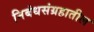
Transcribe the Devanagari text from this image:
निबंधसंग्रहातील